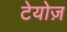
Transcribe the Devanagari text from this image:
टेयोज़